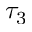
\tau _ { 3 }